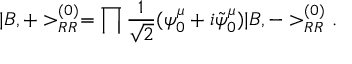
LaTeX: | B , + > _ { R R } ^ { ( 0 ) } = \prod \frac { 1 } { \sqrt { 2 } } ( \psi _ { 0 } ^ { \mu } + i \tilde { \psi } _ { 0 } ^ { \mu } ) | B , - > _ { R R } ^ { ( 0 ) } .